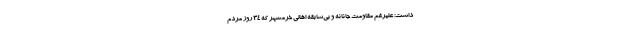
داشت: علیرغم مقاومت جانانه و بی‌سابقه اهالی خرمشهر که ۳۴ روز مردم